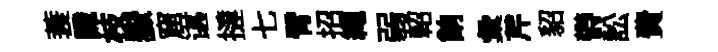
蓑識枝嶽窟谌撻七臂招繩弱軺餉彙芹貂欎訟費